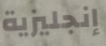
إنجليزية